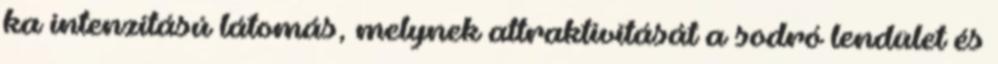
ka intenzitású látomás, melynek attraktivitását a sodró lendület és